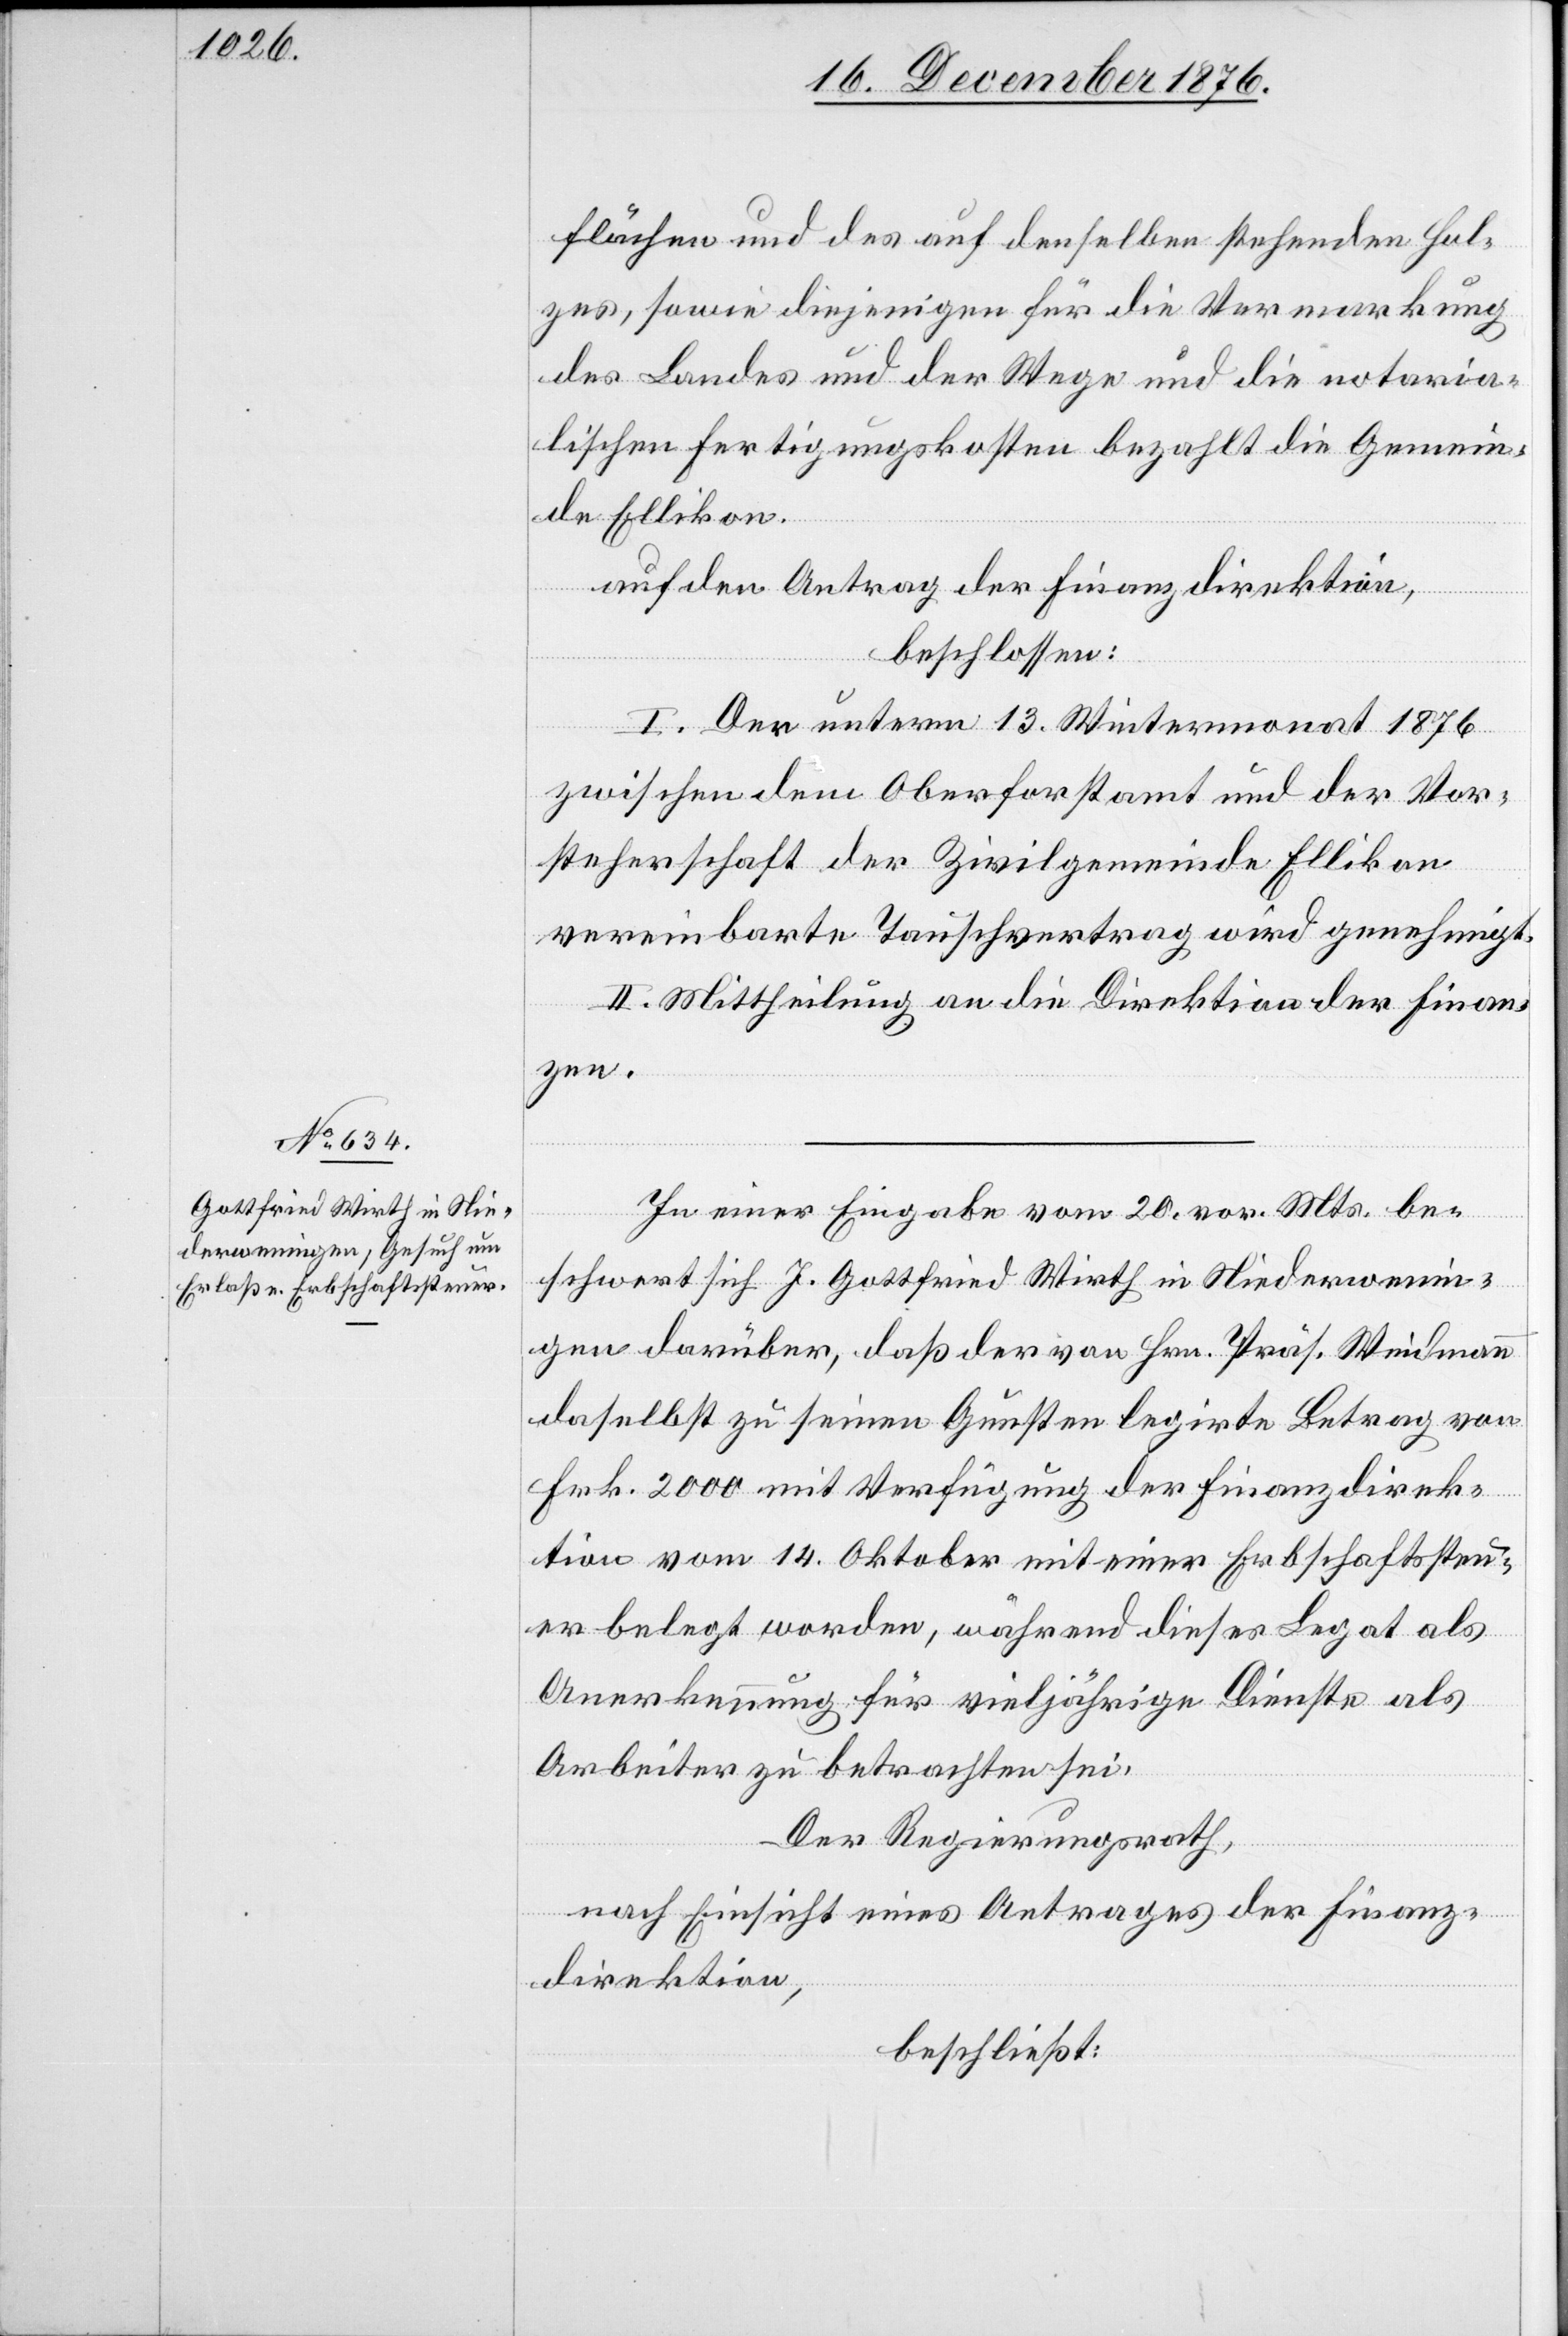
flächen und des auf denselben stehenden Hol¬
zes, sowie diejenigen für die Vermarkung
des Landes und der Wege und die notaria¬
lischen Fertigungskosten bezahlt die Gemein¬
de Ellikon.
auf den Antrag der Finanzdirektion,
beschlossen:
I. Der unterm 13. Wintermonat 1876
zwischen dem Oberforstamt und der Vor¬
steherschaft der Zivilgemeinde Ellikon
vereinbarte Tauschvertrag wird genehmigt.
II. Mittheilung an die Direktion der Finan¬
zen.
In einer Eingabe vom 20. vor. Mts. be¬
schwert sich J. Gottfried Wirth in Niederwenin¬
gen darüber, daß der von Hrn. Präs. Wiedmann
daselbst zu seinen Gunsten legirte Betrag von
Frk. 2000 mit Verfügung der Finanzdirek¬
tion vom 14. Oktober mit einer Erbschaftssteu¬
er belegt worden, während dieses Legat als
Anerkennung für vieljährige Dienste als
Arbeiter zu betrachten sei.
Der Regierungsrath,
nach Einsicht eines Antrages der Finanz¬
direktion,
beschließt: